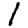
Digit: 1